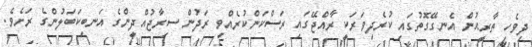
ދިވެހި ތާރީޙުން އެނގޭގޮތުގައި ކުރެދިވަރަކީ ރާއްޖޭގައި ރަސްކަންކުރެއްވި ރަދުން ސިރާޖުއްދީންގެ އަނބިކަބަލުންގެ ރަށެވެ.